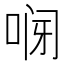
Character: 𱒸